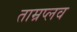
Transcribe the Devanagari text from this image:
ताम्रप्लव